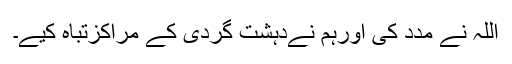
اللہ نے مدد کی اورہم نےدہشت گردی کے مراکزتباہ کیے۔